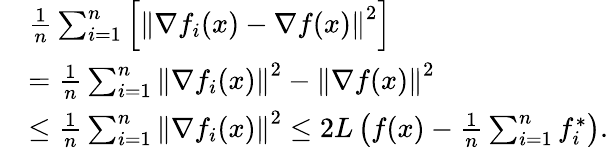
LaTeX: \begin{array}{rl}&{\frac{1}{n}\sum_{i=1}^{n}\left[\left\Vert\nabla f_{i}(x)-\nabla f(x)\right\Vert^{2}\right]}\\ &{=\frac{1}{n}\sum_{i=1}^{n}\left\Vert\nabla f_{i}(x)\right\Vert^{2}-\left\Vert\nabla f(x)\right\Vert^{2}}\\ &{\leq\frac{1}{n}\sum_{i=1}^{n}\left\Vert\nabla f_{i}(x)\right\Vert^{2}\leq 2L\left(f(x)-\frac{1}{n}\sum_{i=1}^{n}f_{i}^{*}\right).}\end{array}